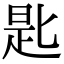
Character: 匙